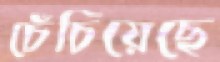
চেঁচিয়েছে